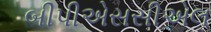
બીપીએસસીએલ